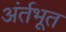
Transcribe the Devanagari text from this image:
अंर्तभूत